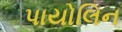
પાયોલિન